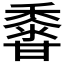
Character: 𪏽